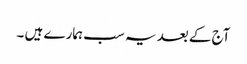
آج کے بعد یہ سب ہمارے ہیں ۔